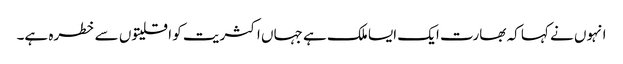
انہوں نے کہا کہ بھارت ایک ایسا ملک ہے جہاں اکثریت کو اقلیتوں سے خطرہ ہے۔